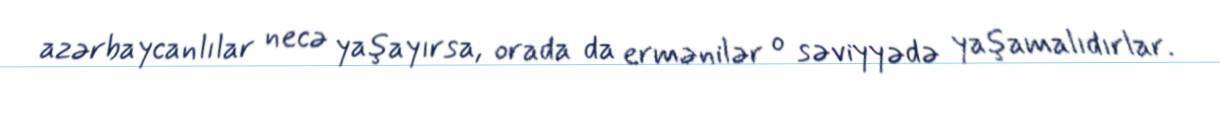
azərbaycanlılar necə yaşayırsa, orada da ermənilər o səviyyədə yaşamalıdırlar.